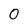
Character: 0